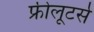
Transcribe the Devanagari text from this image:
फ्रीलूटर्स